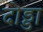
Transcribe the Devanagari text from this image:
दोड्डा